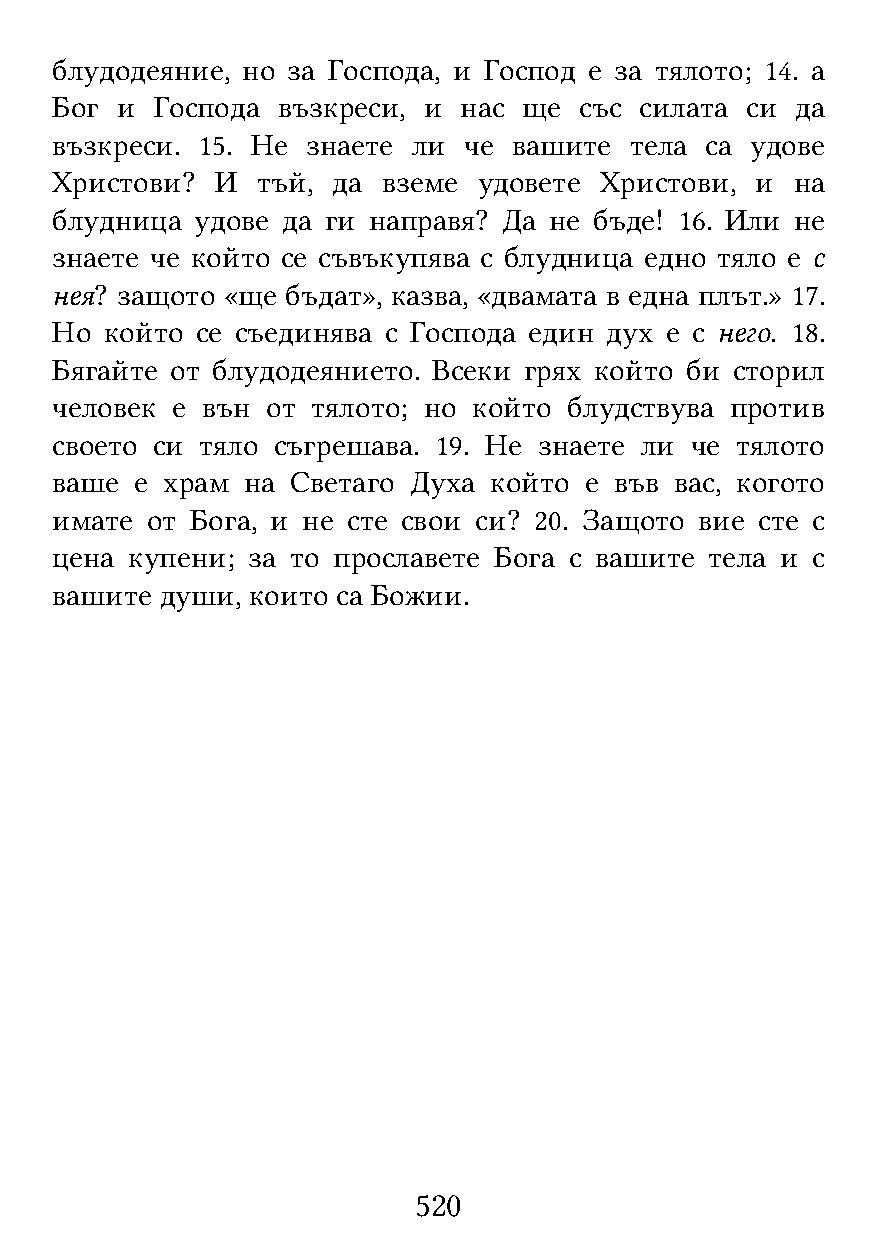
блудодеяние, но за Господа, и Господ е за тялото; 14. а
 Бог  и Господа възкреси, и нас  ще със силата си  да
 възкреси. 15. Не знаете ли  че вашите  тела са удове
 Христови?  И  тъй, да вземе  удовете Христови, и  на
 блудница  удове да ги направя? Да не бъде! 16. Или не
 знаете че който се съвъкупява с блудница едно тяло е с
 нея? защото «ще бъдат», казва, «двамата в една плът.» 17.
 Но  който се съединява с Господа един дух е с него. 18.
 Бягайте от блудодеянието. Всеки грях който би сторил
 человек е вън  от тялото; но който блудствува против
 своето си тяло съгрешава. 19. Не знаете ли че тялото
 ваше  е храм на Светаго Духа който  е във вас, когото
 имате  от Бога, и не сте свои си? 20. Защото вие сте с
 цена купени; за то прославете Бога с вашите тела и с
 вашите  души, които са Божии.
 520